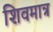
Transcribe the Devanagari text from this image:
शिवमात्र